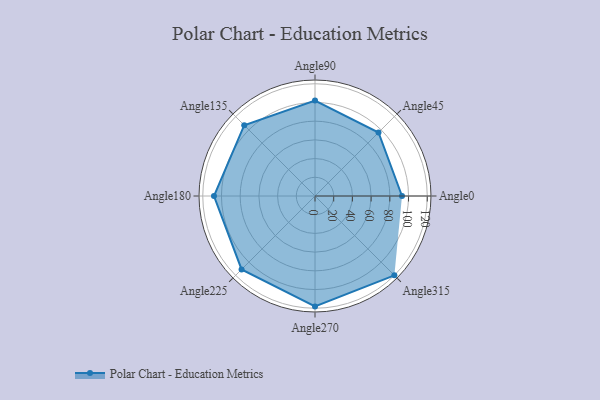
{"axis": {"x": "Angle", "y": "Radius"}, "legend": [""], "data": [{"x": "Angle0", "y": 93.0, "type": ""}, {"x": "Angle45", "y": 96.0, "type": ""}, {"x": "Angle90", "y": 102.0, "type": ""}, {"x": "Angle135", "y": 107.0, "type": ""}, {"x": "Angle180", "y": 108.0, "type": ""}, {"x": "Angle225", "y": 111.0, "type": ""}, {"x": "Angle270", "y": 118.0, "type": ""}, {"x": "Angle315", "y": 120.0, "type": ""}]}